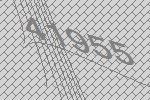
41955